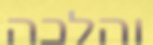
והלכה